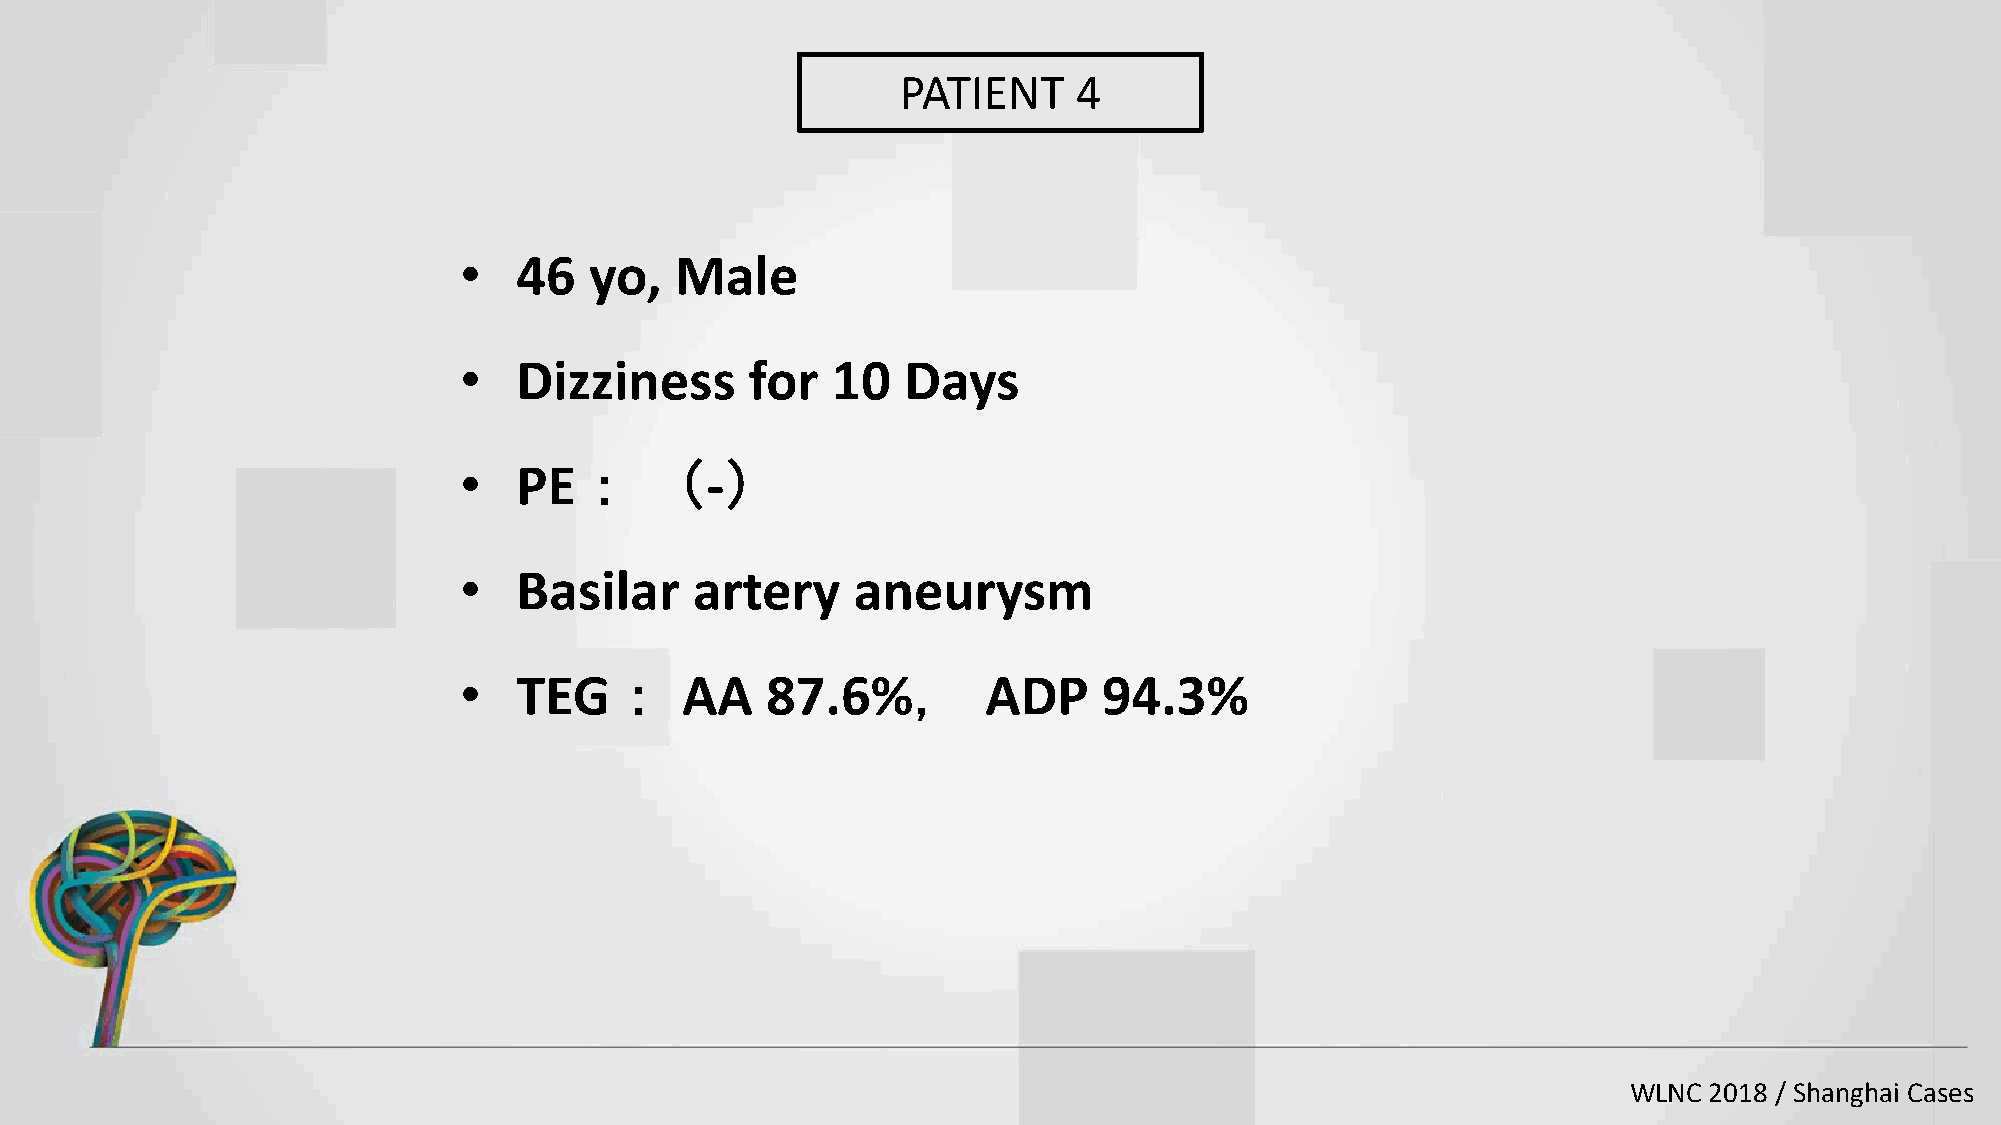
PATIENT    4
 •   46   yo,   Male
 •   Dizziness       for  10   Days
 •   PE：      （   -）
 •   Basilar     artery    aneurysm
 •   TEG：       AA    87.6%，        ADP     94.3%
 WLNC 2018 / Shanghai Cases